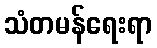
သံတမန်ရေးရာ